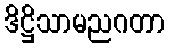
ဒိဋ္ဌိသာမညဂတာ